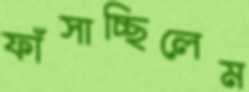
ফাঁসাচ্ছিলেম